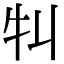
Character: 㸨